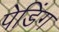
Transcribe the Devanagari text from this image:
पेडिंग